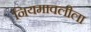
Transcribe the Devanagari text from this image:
नियमावलीला